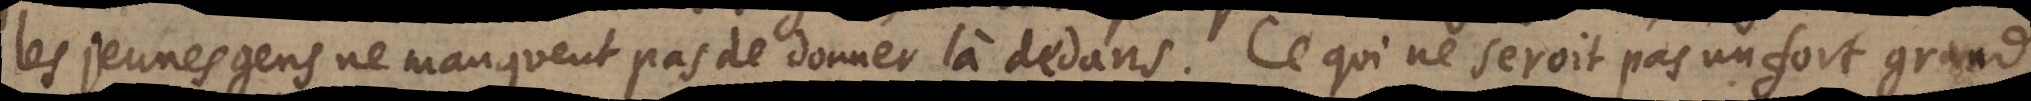
les jeunes gens ne manquent pas de donner là dedans. Ce qui ne seroit pas un grand